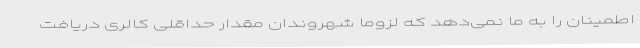
اطمینان را به ما نمی‌دهد که لزوما شهروندان مقدار حداقلی کالری دریافت